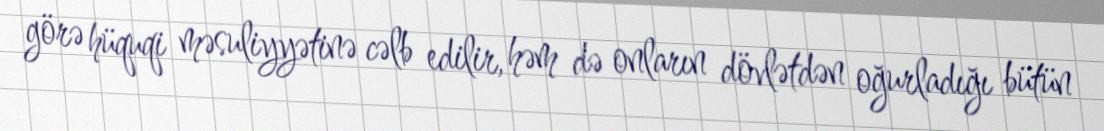
görə hüquqi məsuliyyətinə cəlb edilir, həm də onların dövlətdən oğurladığı bütün